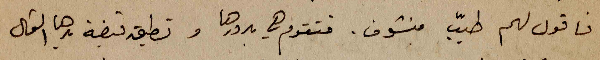
فاقول لهم طيّب منشوف. فتقوم هي بدورها وتطبق قبضة يدها الشمال